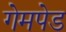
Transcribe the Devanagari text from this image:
गेमपेड